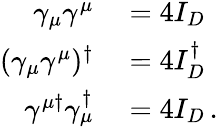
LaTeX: \begin{array}{rl}{\gamma_{\mu}\gamma^{\mu}}&{{}=4I_{D}}\\ {(\gamma_{\mu}\gamma^{\mu})^{\dagger}}&{{}=4I_{D}^{\dagger}}\\ {\gamma^{\mu\dagger}\gamma_{\mu}^{\dagger}}&{{}=4I_{D}\, .}\end{array}